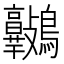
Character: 𪈷